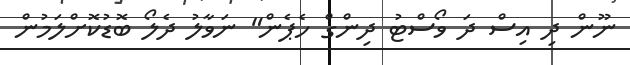
ނޫން ދި އިސް ދަ ވޯސްޓު ދިންގް ހެޕެން" ނަވާލު ދެލޯ ބޮޑުކޮށްލަމުން